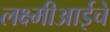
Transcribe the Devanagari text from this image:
लक्ष्मीआईचे